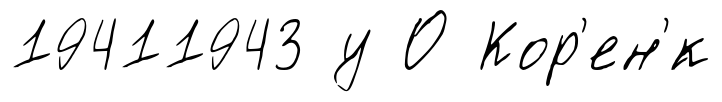
19411943 у О Кор'ен'́к